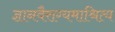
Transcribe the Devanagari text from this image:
ज्ञानवैराग्यमाश्रित्य